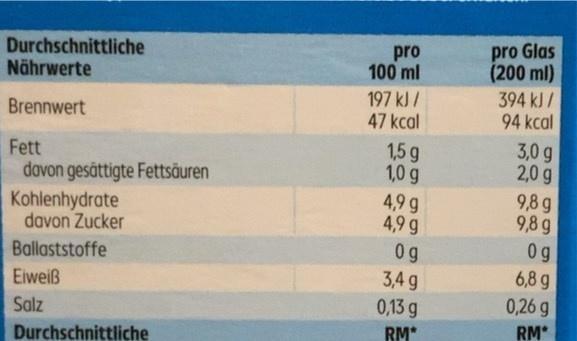
Durchschnittliche Nährwerte
pro 100 ml
pro Glas (200 ml)
394 kJ / 94 kcal
197 kJ /
Brennwert
47 kcal
3,0 g 2,0 g 9,8 g 9,8 g 0 g 6,8 g 0,26 g
1,5g 1,0 g
Fett
davon gesättigte Fettsäuren
Kohlenhydrate davon Zucker
4,9 g 4,9 g
0 g 3,4 g 0,13 g
Ballaststoffe
Eiweiß
Salz
RM*
RM*
Durchschnittliche